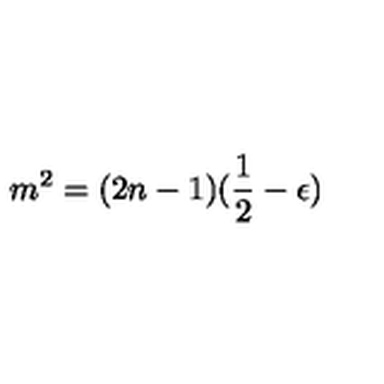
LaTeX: m ^ { 2 } = ( 2 n - 1 ) ( \frac { 1 } { 2 } - \epsilon )